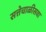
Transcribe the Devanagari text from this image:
सत्तेचाळीसवा